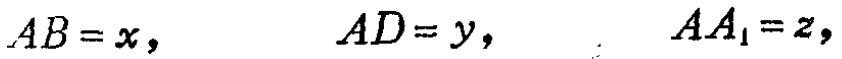
\(AB = x,\ \ \ \ \ AD = y,\ \ \ \ \ AA_1 = z,\)